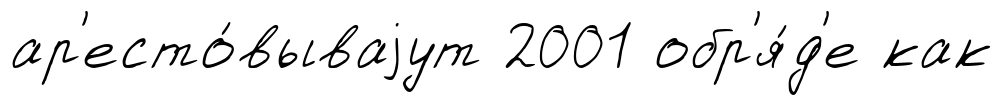
ар'есто́вываjут 2001 обр'я́д'е как